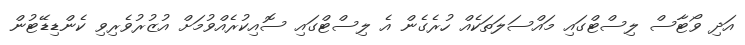
އަދި ވޯޓާސް ލިސްޓްގައި މައްސަލަތަކެއް ހުރެގެން އެ ލިސްޓްގައި ސޮއިކުރެއްވުމަށް އުޒުރުވެރިވި ކެންޑިޑޭޓުން